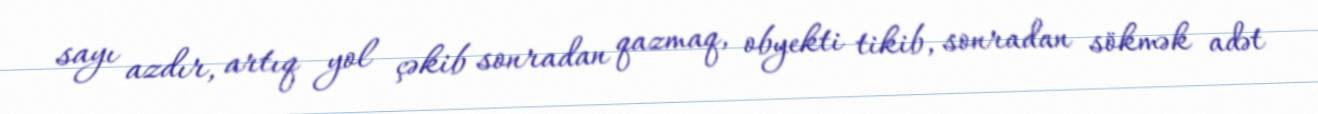
sayı azdır, artıq yol çəkib sonradan qazmaq, obyekti tikib, sonradan sökmək adət